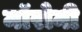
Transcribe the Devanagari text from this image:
मॉरोनी